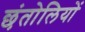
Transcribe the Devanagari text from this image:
छंतोलियों